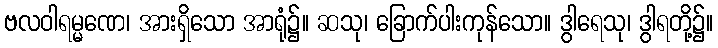
ဗလဝါရမ္မဏေ၊ အားရှိသော အာရုံ၌။ ဆသု၊ ခြောက်ပါးကုန်သော။ ဒွါရေသု၊ ဒွါရတို့၌။